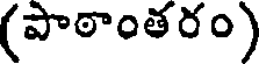
(పాఠాంతరం)